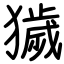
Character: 獩